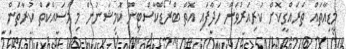
މީީޑިއާތައް ތަރައްގީކޮށް ކުރިއަރުވަން ހަދާފައި އޮތް ބްރޯޑްކާސްޓިން ކޮމިޝަނުން މި މަސައްކަތް ކުރާތަން